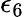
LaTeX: \epsilon_{6}